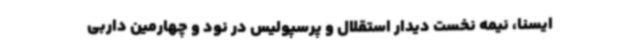
ایسنا، نیمه نخست دیدار استقلال و پرسپولیس در نود و چهارمین داربی